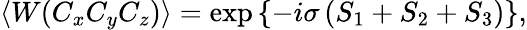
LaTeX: \langle W(C_{x}C_{y}C_{z})\rangle=\exp\left\{ -i\sigma\left(S_{1}+S_{2}+S_{3}\right)\right\} ,